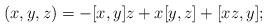
LaTeX: \begin{align*} (x,y,z)=-[x,y]z+x[y,z]+[xz,y];\end{align*}